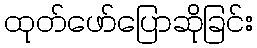
ထုတ်ဖော်ပြောဆိုခြင်း